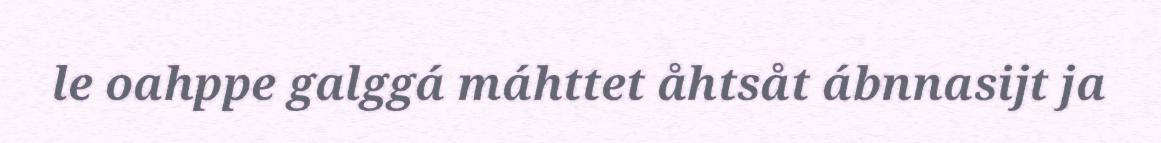
le oahppe galggá máhttet åhtsåt ábnnasijt ja